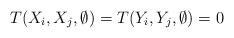
LaTeX: \begin{align*} T(X_i,X_j,\emptyset)=T(Y_i,Y_j,\emptyset)=0 \end{align*}